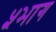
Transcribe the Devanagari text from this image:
५भाग